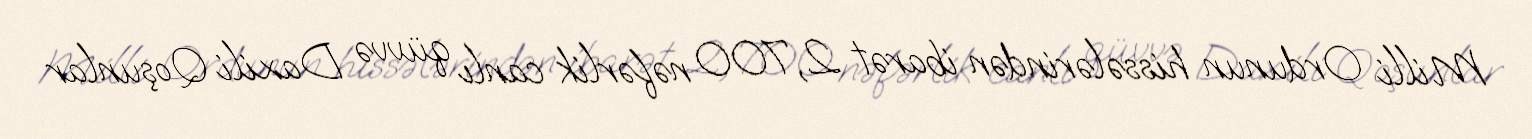
Milli Ordunun hissələrindən ibarət 2,700 nəfərlik canlı qüvvə Daxili Qoşunlar